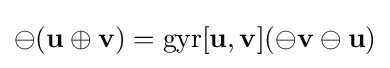
\ominus (\mathbf {u} \oplus \mathbf {v} )=\mathrm {gyr} [\mathbf {u} ,\mathbf {v} ](\ominus \mathbf {v} \ominus \mathbf {u} )